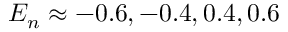
E _ { n } \approx - 0 . 6 , - 0 . 4 , 0 . 4 , 0 . 6